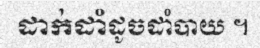
ដាក់ដាំដូចដាំបាយ ។